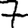
Digit: 7